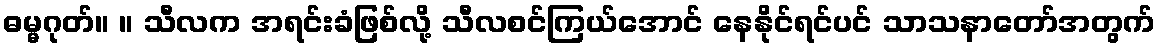
ဓမ္မဂုတ်။ ။ သီလက အရင်းခံဖြစ်လို့ သီလစင်ကြယ်အောင် နေနိုင်ရင်ပင် သာသနာတော်အတွက်